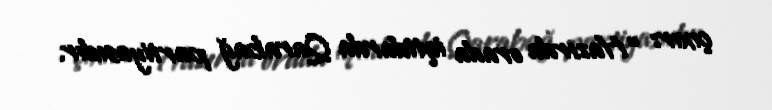
çıxır: “Hazırda orada iqtidarda Qarabağ partiyasıdır.